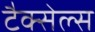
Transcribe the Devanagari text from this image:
टैक्सेल्स